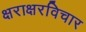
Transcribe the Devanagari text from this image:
क्षराक्षरविचार